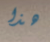
هذا